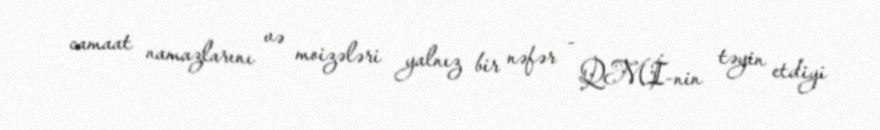
camaat namazlarını və moizələri yalnız bir nəfər - QMİ-nin təyin etdiyi